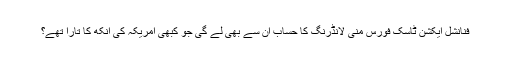
فنانشل ایکشن ٹاسک فورس منی لانڈرنگ کا حساب ان سے بھی لے گی جو کبھی امریکہ کی آنکھ کا تارا تھے؟